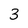
Character: 3